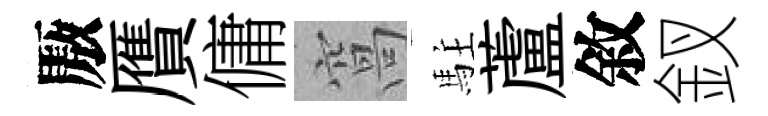
厫贋傭窩駐蘆敘釵